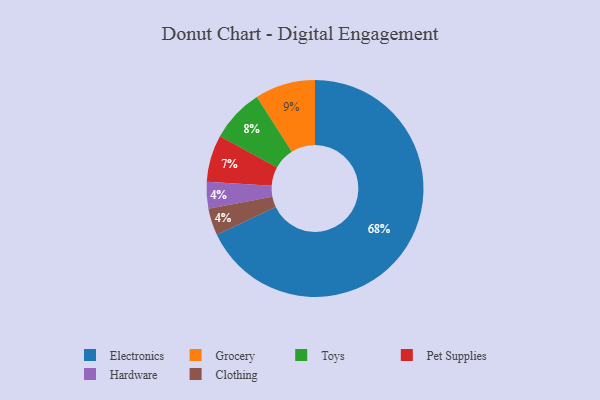
{"axis": {"x": "Category", "y": "Percentage"}, "legend": ["Clothing", "Electronics", "Grocery", "Hardware", "Pet Supplies", "Toys"], "data": [{"x": "Grocery", "y": 9, "type": "Grocery"}, {"x": "Hardware", "y": 4, "type": "Hardware"}, {"x": "Electronics", "y": 68, "type": "Electronics"}, {"x": "Toys", "y": 8, "type": "Toys"}, {"x": "Pet Supplies", "y": 7, "type": "Pet Supplies"}, {"x": "Clothing", "y": 4, "type": "Clothing"}]}